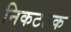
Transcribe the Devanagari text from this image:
निकटतक